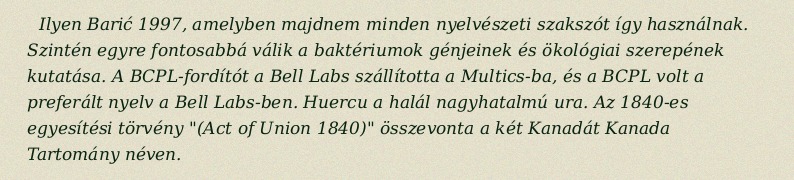
Ilyen Barić 1997, amelyben majdnem minden nyelvészeti szakszót így használnak. Szintén egyre fontosabbá válik a baktériumok génjeinek és ökológiai szerepének kutatása. A BCPL-fordítót a Bell Labs szállította a Multics-ba, és a BCPL volt a preferált nyelv a Bell Labs-ben. Huercu a halál nagyhatalmú ura. Az 1840-es egyesítési törvény "(Act of Union 1840)" összevonta a két Kanadát Kanada Tartomány néven.